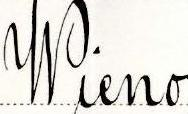
Wieno